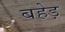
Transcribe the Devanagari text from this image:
बहेड़